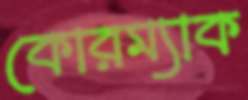
কোরম্যাক